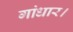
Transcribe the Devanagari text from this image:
गांधार।